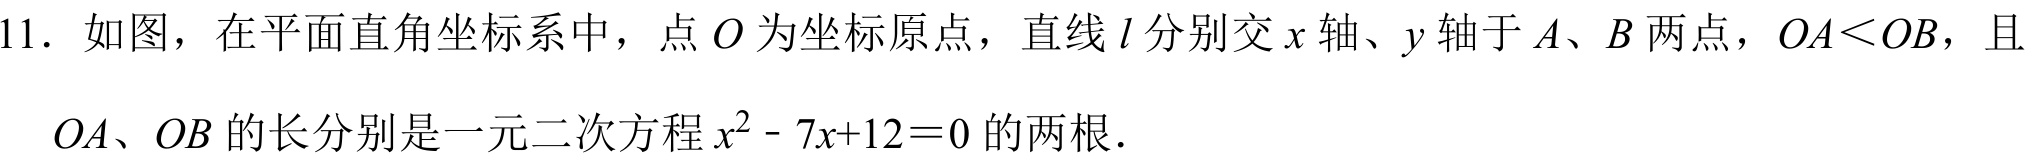
11. 如图，在平面直角坐标系中，点\(O\)为坐标原点，直线\(l\)分别交\(x\)轴、\(y\)轴于\(A\)、\(B\)两点，\(OA<OB\)，且
\(OA\)、\(OB\)的长分别是一元二次方程\(x^{2}-7x + 12 = 0\)的两根.